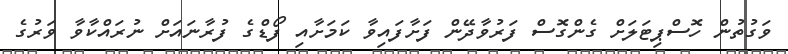
ވަގުތުން ހޮސްޕިޓަލަށް ގެންގޮސް ފަރުވާދޭން ފަށާފައިވާ ކަމަށާއި ފޯޑްގެ ފުރާނައަށް ނުރައްކާވާ ވަރުގެ